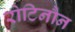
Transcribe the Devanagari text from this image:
रोटिनौन